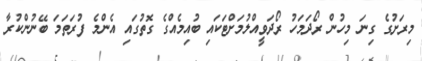
މިރަށުގެ ގިނަ މިހުން ރޯދަމަހު ރޯދަވީއްލުމަށްޓަކައި ބުއިމެއްގެ ގޮތުގައި އެންމެ ފުރަތަމަ ބޭނުންކުރާ